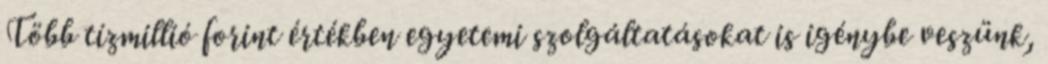
Több tízmillió forint értékben egyetemi szolgáltatásokat is igénybe veszünk,